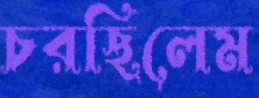
চরছিলেম